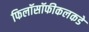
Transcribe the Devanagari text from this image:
फिलॉसॉफीकलकडे